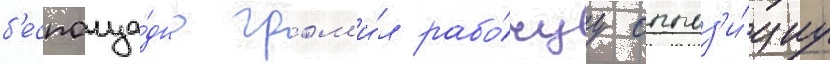
б'еспоща́дно гром'и́л рабо́чуу оппоз'и́циу